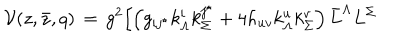
LaTeX: { \mathcal V } ( z , \bar { z } , q ) \, = \, g ^ { 2 } \Bigl [ \left( g _ { i j ^ { \star } } k _ { \Lambda } ^ { i } k _ { \Sigma } ^ { j ^ { \star } } + 4 h _ { u v } k _ { \Lambda } ^ { u } k _ { \Sigma } ^ { v } \right) \bar { L } ^ { \Lambda } L ^ { \Sigma }